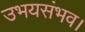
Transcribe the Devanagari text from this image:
उभयसंभव।